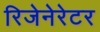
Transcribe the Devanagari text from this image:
रिजेनेरेटर